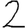
Digit: 2